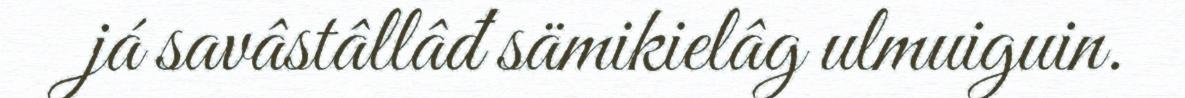
já savâstâllâđ sämikielâg ulmuiguin.